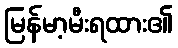
မြန်မာ့မီးရထား၏